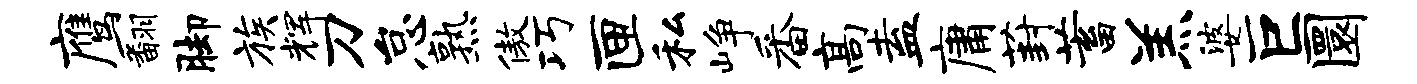
鹰翻脚族辉刀怠熟傲巧匣私峥番高盍庸葑蓄羔婆巨圜